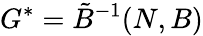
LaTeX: G^{*}=\tilde{B}^{-1}(N,B)